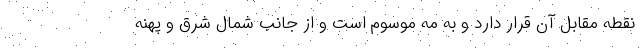
نقطه مقابل آن قرار دارد و به مه موسوم است و از جانب شمال شرق و پهنه